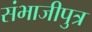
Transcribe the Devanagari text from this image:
संभाजीपुत्र